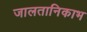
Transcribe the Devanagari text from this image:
जालतानिकाभ